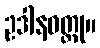
ဥဒါနဝတ္ထု။